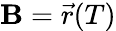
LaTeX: \mathbf{B}={\vec{{r}}}(T)